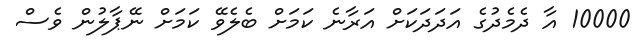
10000 އާ ދެމެދުގެ އަދަދަކަށް އަރާނެ ކަމަށް ބެލެވޭ ކަމަށް ނޭޕާލުން ވެސް